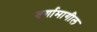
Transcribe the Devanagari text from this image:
वर्गामागील